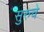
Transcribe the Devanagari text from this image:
सुरुचे